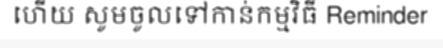
ហើយ សូមចូលទៅកាន់កម្មវិធី Reminder